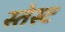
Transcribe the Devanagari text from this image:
स्तेस्ट